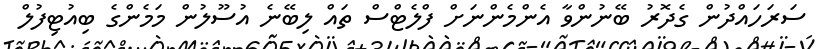
ސަރަހައްދުން ގެދޮރު ބޭނުންވާ އެންމެންނަށް ފްލެޓްސް ތައް ލިބޭނެ އުސޫލުން މަމެންގެ ބިއުޓިފުލް